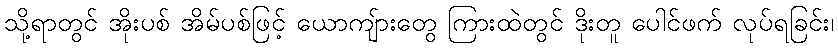
သို့ရာတွင် အိုးပစ် အိမ်ပစ်ဖြင့် ယောကျ်ားတွေ ကြားထဲတွင် ဒိုးတူ ပေါင်ဖက် လုပ်ရခြင်း၊